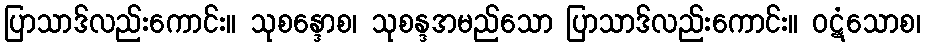
ပြာသာဒ်လည်းကောင်း။ သုစန္ဒောစ၊ သုစန္ဒအမည်သော ပြာသာဒ်လည်းကောင်း။ ဝဋံသောစ၊